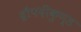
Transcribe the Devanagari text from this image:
द्रौपदीकुण्ड